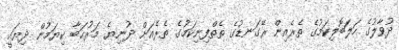
ދުވާލުގެ ހަލަބޮލިކަމުގެ ތެރެއިން ރޭގަނޑުގެ ތެތްފިނިކަމުގެ ތެރެއަށް ދުނިޔެ މަރުޙަބާ ކިޔަމުން ދިޔައީ